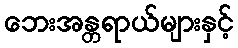
ဘေးအန္တရာယ်များနှင့်